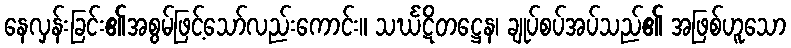
နေလှန်းခြင်း၏အစွမ်ဖြင့်သော်လည်းကောင်း။ သင်္ဃဋိတဋ္ဌေန၊ ချုပ်စပ်အပ်သည်၏ အဖြစ်ဟူသော